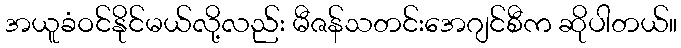
အယူခံဝင်နိုင်မယ်လို့လည်း မီဇန်သတင်းအေဂျင်စီက ဆိုပါတယ်။